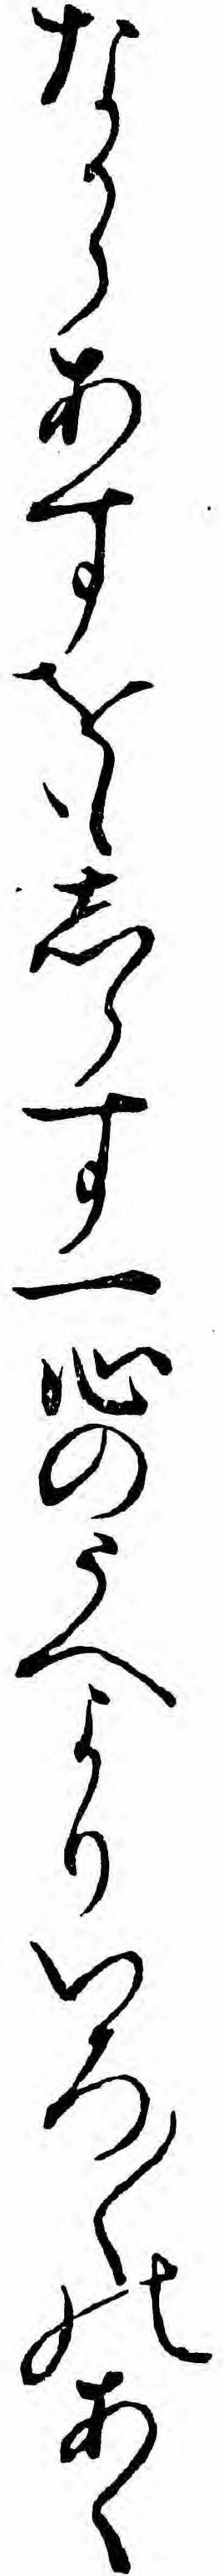
なからあすをもしらす一心のうへよりいろ〱のあく